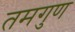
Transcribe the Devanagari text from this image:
तमगुण